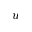
\boldsymbol { u }